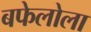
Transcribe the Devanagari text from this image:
बफेलोला